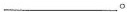
___。